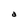
Character: a